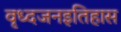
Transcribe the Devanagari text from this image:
वृध्दजनइतिहास